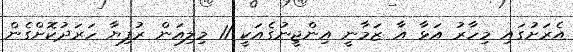
އެރަށުގައި މިހާރު އަޅާ އާ ޒަމާނީ އިންޖީނުގެއަކީ 11 މިލިއަން ރުފިޔާ ހަރަދުކޮށްގެން